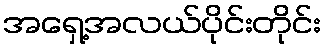
အရှေ့အလယ်ပိုင်းတိုင်း